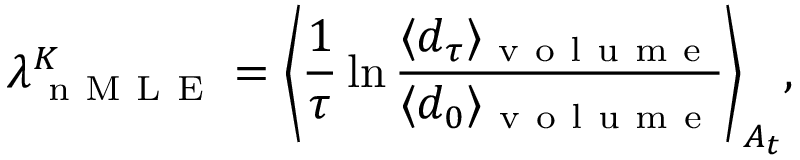
\lambda _ { \mathrm { ~ n ~ M ~ L ~ E ~ } } ^ { K } = \bigg \langle \frac { 1 } { \tau } \ln \frac { \langle d _ { \tau } \rangle _ { \mathrm { ~ v ~ o ~ l ~ u ~ m ~ e ~ } } } { \langle d _ { 0 } \rangle _ { \mathrm { ~ v ~ o ~ l ~ u ~ m ~ e ~ } } } \bigg \rangle _ { A _ { t } } ,